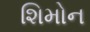
શિમોન